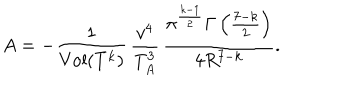
A = - \frac { 1 } { \mathrm { V o l } ( T ^ { k } ) } \, \frac { v ^ { 4 } } { T _ { A } ^ { 3 } } \, \frac { \pi ^ { \frac { k - 1 } { 2 } } \Gamma \left( \frac { 7 - k } { 2 } \right) } { 4 R ^ { 7 - k } } .